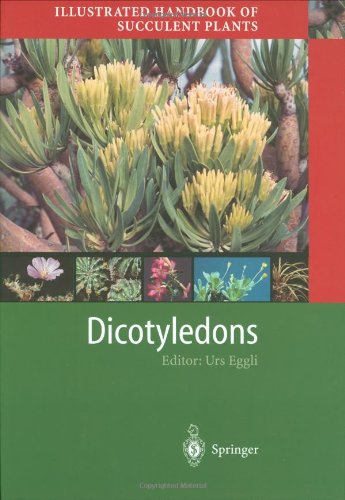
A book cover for Illustrated Handbook of Succulent Plants: Dicotyledons; Science & Math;